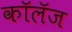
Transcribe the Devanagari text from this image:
कॉलॅज